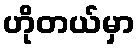
ဟိုတယ်မှာ